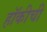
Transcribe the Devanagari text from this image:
हॉकीची